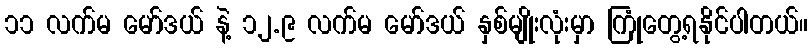
၁၁ လက်မ မော်ဒယ် နဲ့ ၁၂.၉ လက်မ မော်ဒယ် နှစ်မျိုးလုံးမှာ ကြုံတွေ့ရနိုင်ပါတယ်။